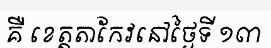
គឺ ខេត្តតាកែវនៅថ្ងៃទី ១៣